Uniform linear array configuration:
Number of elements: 4
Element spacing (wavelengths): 0.25
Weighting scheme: cosine
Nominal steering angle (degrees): -15
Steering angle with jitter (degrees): -13.958
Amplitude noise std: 0.05
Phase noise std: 0.05

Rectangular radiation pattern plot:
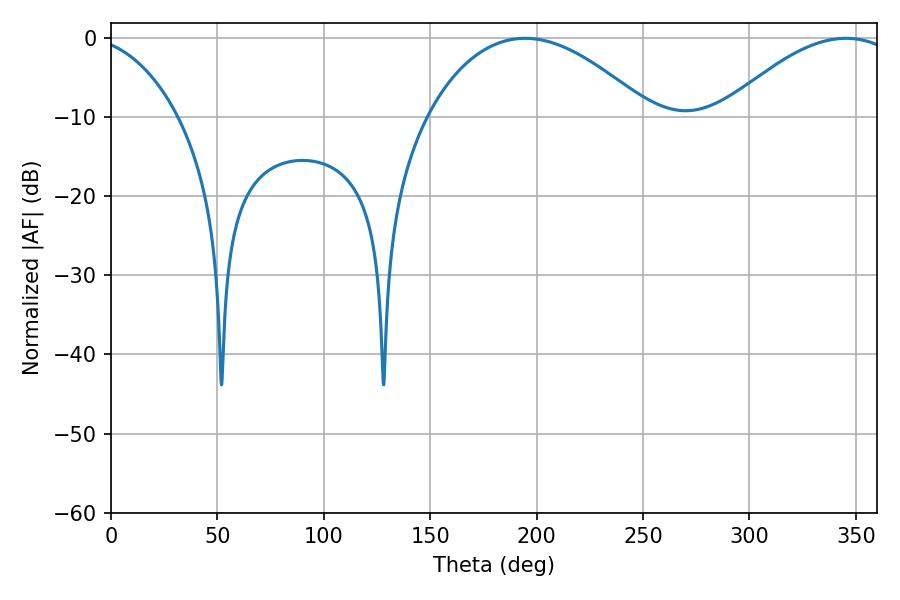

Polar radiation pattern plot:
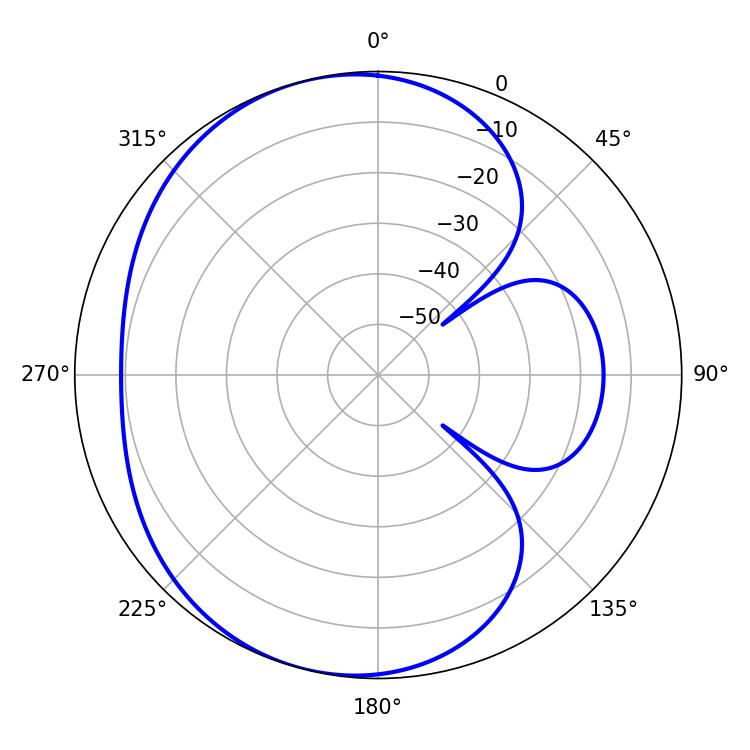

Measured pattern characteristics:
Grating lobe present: FALSE
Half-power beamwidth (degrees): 58.32
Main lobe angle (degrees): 194.58